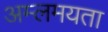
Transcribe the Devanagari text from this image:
अम्लमयता